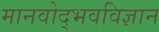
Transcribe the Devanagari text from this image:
मानवोद्भवविज्ञान